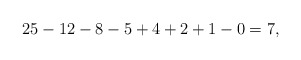
\begin{align*} 25 - 12 - 8 - 5 + 4 + 2 + 1 - 0 = 7, \end{align*}